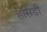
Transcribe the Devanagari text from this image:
हसिडी